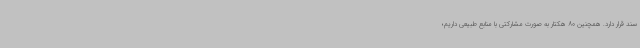
سند قرار دارد. همچنین 80 هکتار به صورت مشارکتی با منابع طبیعی داریم؛